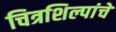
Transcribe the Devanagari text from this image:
चित्रशिल्पांचे